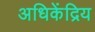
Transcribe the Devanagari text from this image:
अधिकेंद्रिय